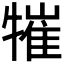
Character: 𤛍